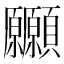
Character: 𩖒